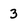
Character: 3